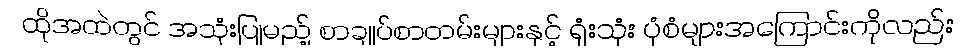
ထိုအထဲတွင် အသုံးပြုမည့် စာချုပ်စာတမ်းများနှင့် ရုံးသုံး ပုံစံများအကြောင်းကိုလည်း